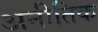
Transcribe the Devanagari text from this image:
अनीतिक